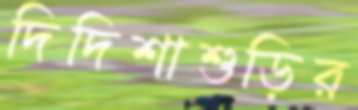
দিদিশাশুড়ির